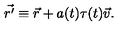
\vec { r ^ { \prime } } \equiv \vec { r } + a ( t ) \tau ( t ) \vec { v } .